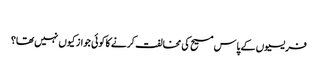
‏
فریسیوں کے پاس مسیح کی مخالفت کرنے کا کوئی جواز کیوں نہیں تھا؟